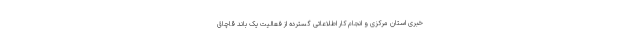
خبری استان مرکزی و انجام کار اطلاعاتی گسترده از فعالیت یک باند قاچاق